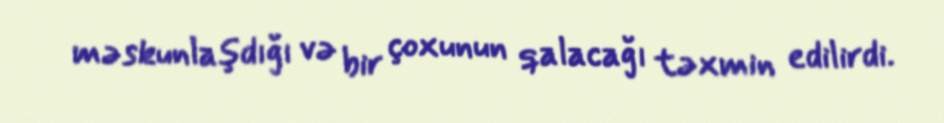
məskunlaşdığı və bir çoxunun qalacağı təxmin edilirdi.